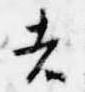
者